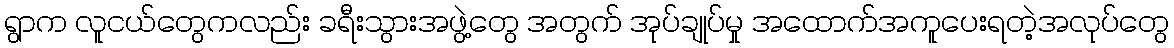
ရွာက လူငယ်တွေကလည်း ခရီးသွားအဖွဲ့တွေ အတွက် အုပ်ချုပ်မှု အထောက်အကူပေးရတဲ့အလုပ်တွေ